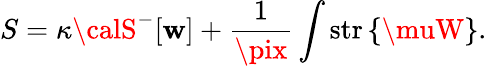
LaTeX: S=\kappa{\calS}^{-}[\mathbf{w}]+\frac{{1}}{{\pix}}\int\mathrm{{str}}\left\{ \muW\right\} .